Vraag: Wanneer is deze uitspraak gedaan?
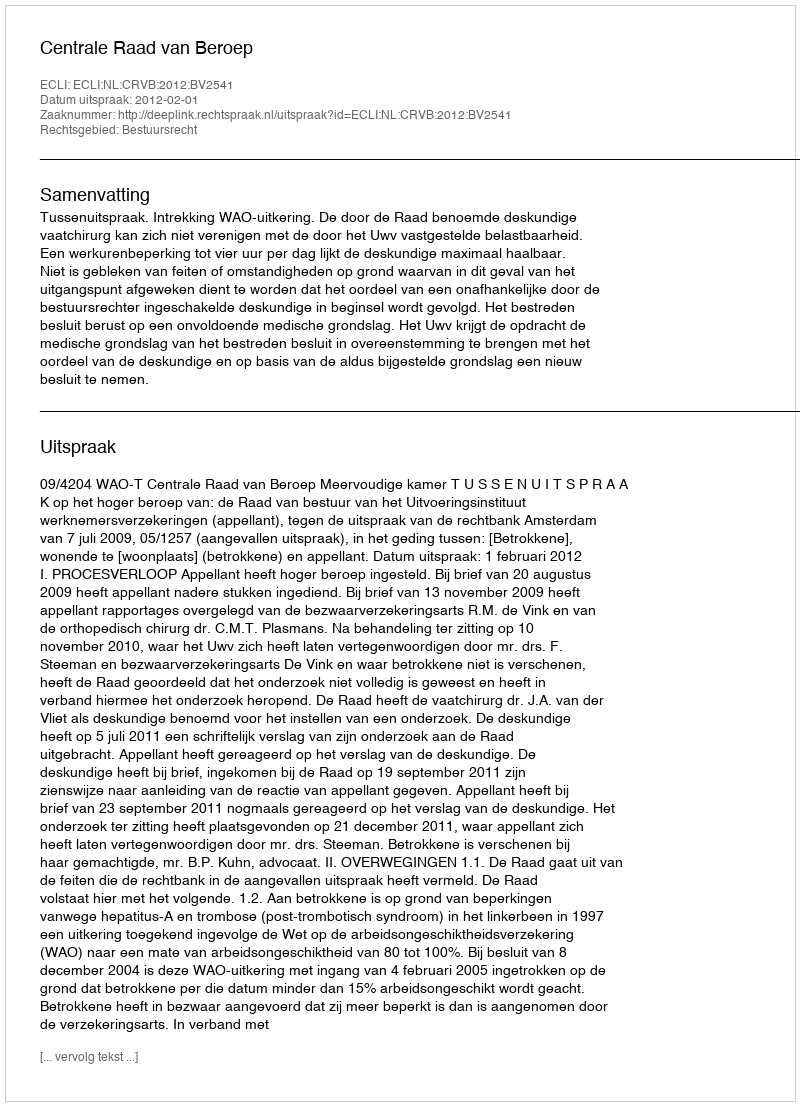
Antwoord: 2012-02-01